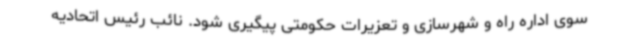
سوی اداره راه و شهرسازی و تعزیرات حکومتی پیگیری شود. نائب رئیس اتحادیه